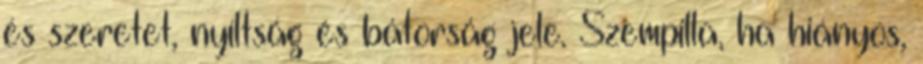
és szeretet, nyíltság és bátorság jele. Szempilla, ha hiányos,